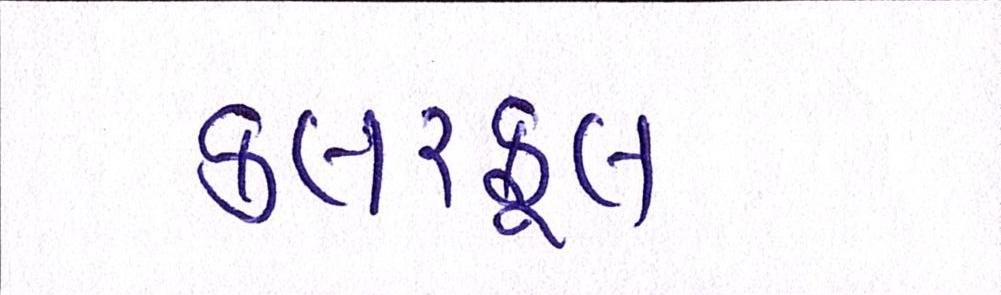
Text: કલરફૂલ